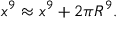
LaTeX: x ^ { 9 } \approx x ^ { 9 } + 2 \pi R ^ { 9 } .